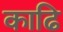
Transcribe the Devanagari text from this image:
काढि